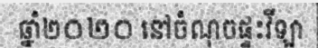
ឆ្នាំ២០២០ នៅចំណុចផ្ទះវីឡា